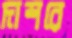
দাশরে